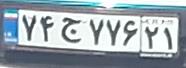
۷۴ج۷۷۶۲۱